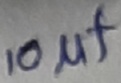
Text: 10µf